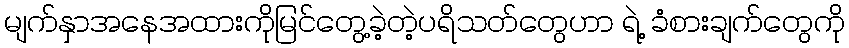
မျက်နှာအနေအထားကိုမြင်တွေ့ခဲ့တဲ့ပရိသတ်တွေဟာ ရဲ့ ခံစားချက်တွေကို